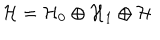
\mathcal { H } = \mathcal { H } _ { 0 } \oplus \mathcal { H } _ { 1 } \oplus \mathcal { H }